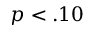
p < . 1 0